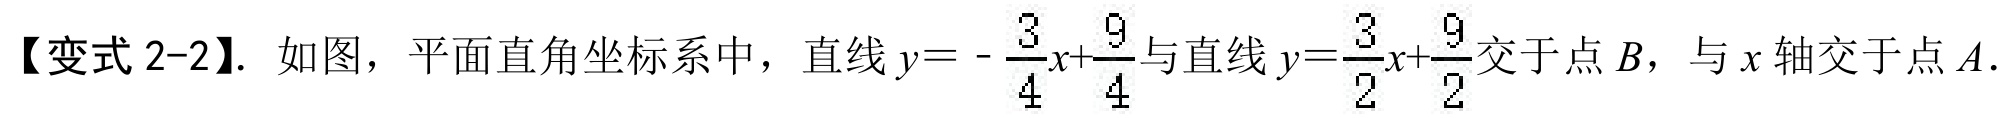
【变式2-2】. 如图，平面直角坐标系中，直线\(y = -\frac{3}{4}x+\frac{9}{4}\)与直线\(y=\frac{3}{2}x+\frac{9}{2}\)交于点\(B\)，与\(x\)轴交于点\(A\).